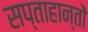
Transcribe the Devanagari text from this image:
सप्ताहान्तों